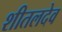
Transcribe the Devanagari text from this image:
शीतलदेव